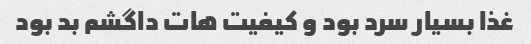
غذا بسیار سرد بود و کیفیت هات داگشم بد بود